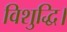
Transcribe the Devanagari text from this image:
विशुद्धि।